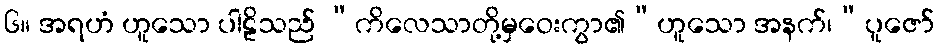
၆။ အရဟံ ဟူသော ပါဠိသည် “ကိလေသာတို့မှဝေးကွာ၏”ဟူသော အနက်၊”ပူဇော်